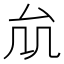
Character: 𠫠